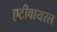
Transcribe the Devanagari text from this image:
एटीवायरल